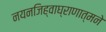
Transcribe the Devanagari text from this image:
नयनजिह्वाघ्राणात्मने